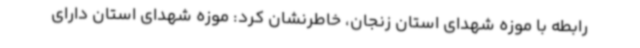
رابطه با موزه شهدای استان زنجان، خاطرنشان کرد: موزه شهدای استان دارای